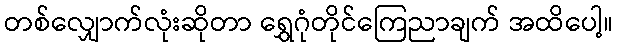
တစ်လျှောက်လုံးဆိုတာ ရွှေဂုံတိုင်ကြေညာချက် အထိပေါ့။